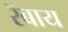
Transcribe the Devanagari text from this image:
रॅबाय